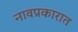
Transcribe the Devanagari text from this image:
नावप्रकारात